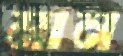
মান